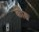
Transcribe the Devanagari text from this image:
कोङ